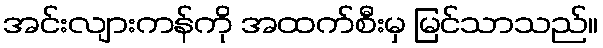
အင်းလျားကန်ကို အထက်စီးမှ မြင်သာသည်။